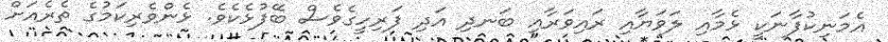
އެމަނިކުފާނަކީ ޅެމާއި ލަވަޔާއި ރައިވަރާއި ބަނދި އަދި ފަރިހީގެވެސް ބޭފުޅެކެވެ. ޅެންވެރިކަމުގެ ތެރެއަށް